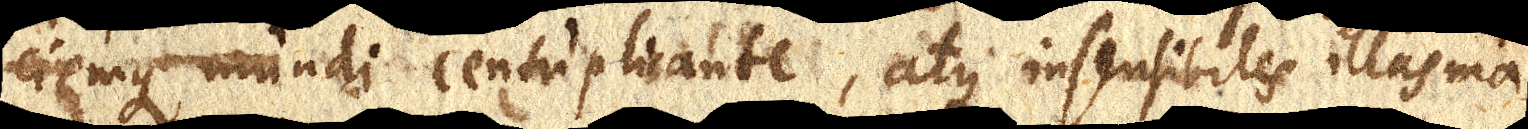
ciemque mundi centuplicante, atque insensibiles illas ma–